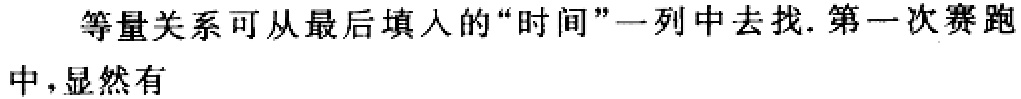
等量关系可从最后填入的“时间”一列中去找.第一次赛跑中，显然有